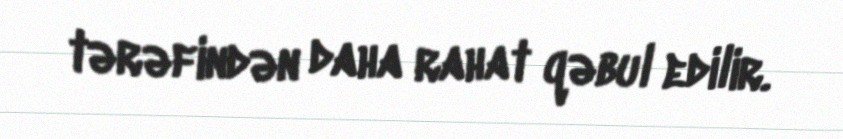
tərəfindən daha rahat qəbul edilir.